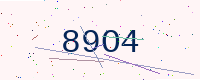
Text: 89O4